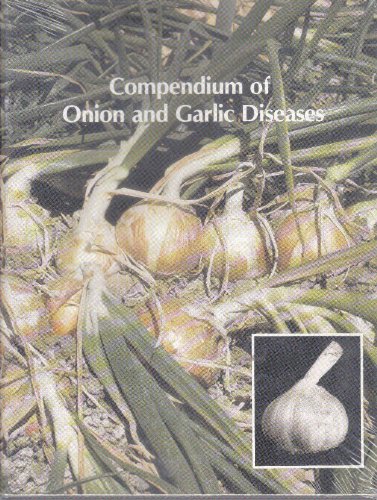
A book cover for Compendium of Onion and Garlic Diseases (The Disease Compendium Series of the American Phytopathological Society); Howard F. Schwartz; Science & Math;